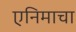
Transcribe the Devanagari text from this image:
एनिमाचा